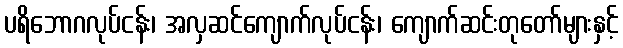
ပရိဘောဂလုပ်ငန်း၊ အလှဆင်ကျောက်လုပ်ငန်း၊ ကျောက်ဆင်းတုတော်များနှင့်